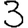
Digit: 3